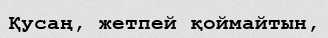
Қусаң, жетпей қоймайтын,